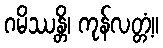
ဂမိဿန္တိ၊ ကုန်လတ္တံ့။